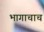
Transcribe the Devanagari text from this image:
भागाचाच